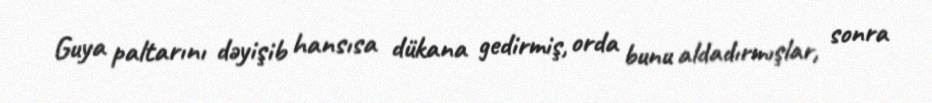
Guya paltarını dəyişib hansısa dükana gedirmiş, orda bunu aldadırmışlar, sonra